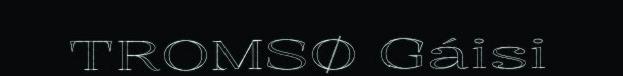
TROMSØ Gáisi